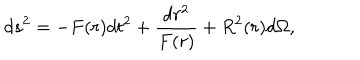
LaTeX: d s ^ { 2 } = - F ( r ) d t ^ { 2 } + { \frac { d r ^ { 2 } } { F ( r ) } } + R ^ { 2 } ( r ) d \Omega ,